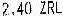
2.40 ZRL